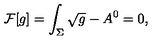
{ \cal F } [ g ] = \int _ { \Sigma } \sqrt { g } - A ^ { 0 } = 0 ,